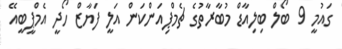
ގައުމީ 9 ބޯލް ބިލިއާޑް މުބާރާތުގެ ޗެމްޕިއަންކަން އަލީ ފަޔާޒް ހޯދީ އެމްޕީބީއޭ